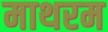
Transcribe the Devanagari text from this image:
माथरम